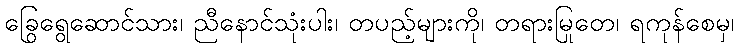
ခြွေရွေဆောင်သား၊ ညီနောင်သုံးပါး၊ တပည့်များကို၊ တရားမြုတေ၊ ရကုန်စေမှ၊